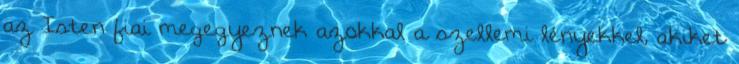
az Isten fiai megegyeznek azokkal a szellemi lényekkel, akiket